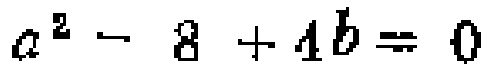
\(a^{2}-8 + 4b = 0\)